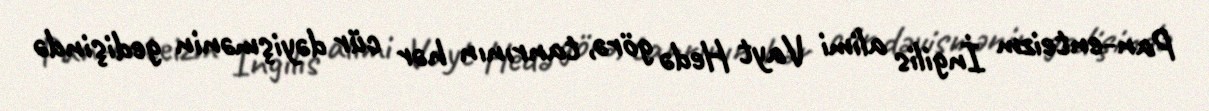
Pan-enteizm İngilis alimi Vayt Hedə görə, tanrının hər cür dəyişmənin gedişində